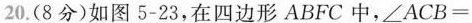
20.(8分)如图5-23，在四边形ABFC中，\angle ACB=